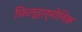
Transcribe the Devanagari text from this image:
फ़िल्हार्मोनिक